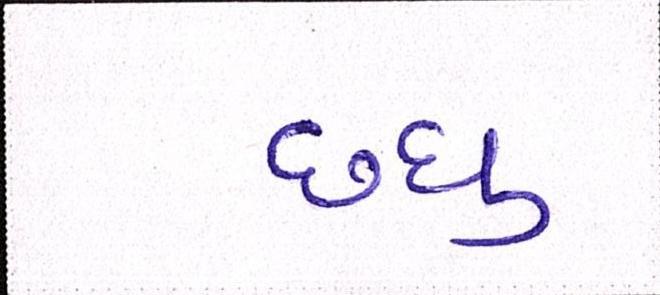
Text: છધુ